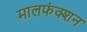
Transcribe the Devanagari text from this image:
मालफंक्शन